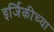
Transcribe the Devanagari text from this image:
इर्जिकीच्या